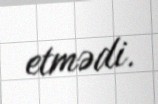
etmədi.